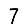
Digit: 7